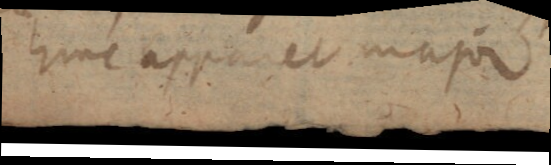
hinc apparet major